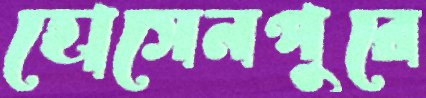
হোসেনপুরে